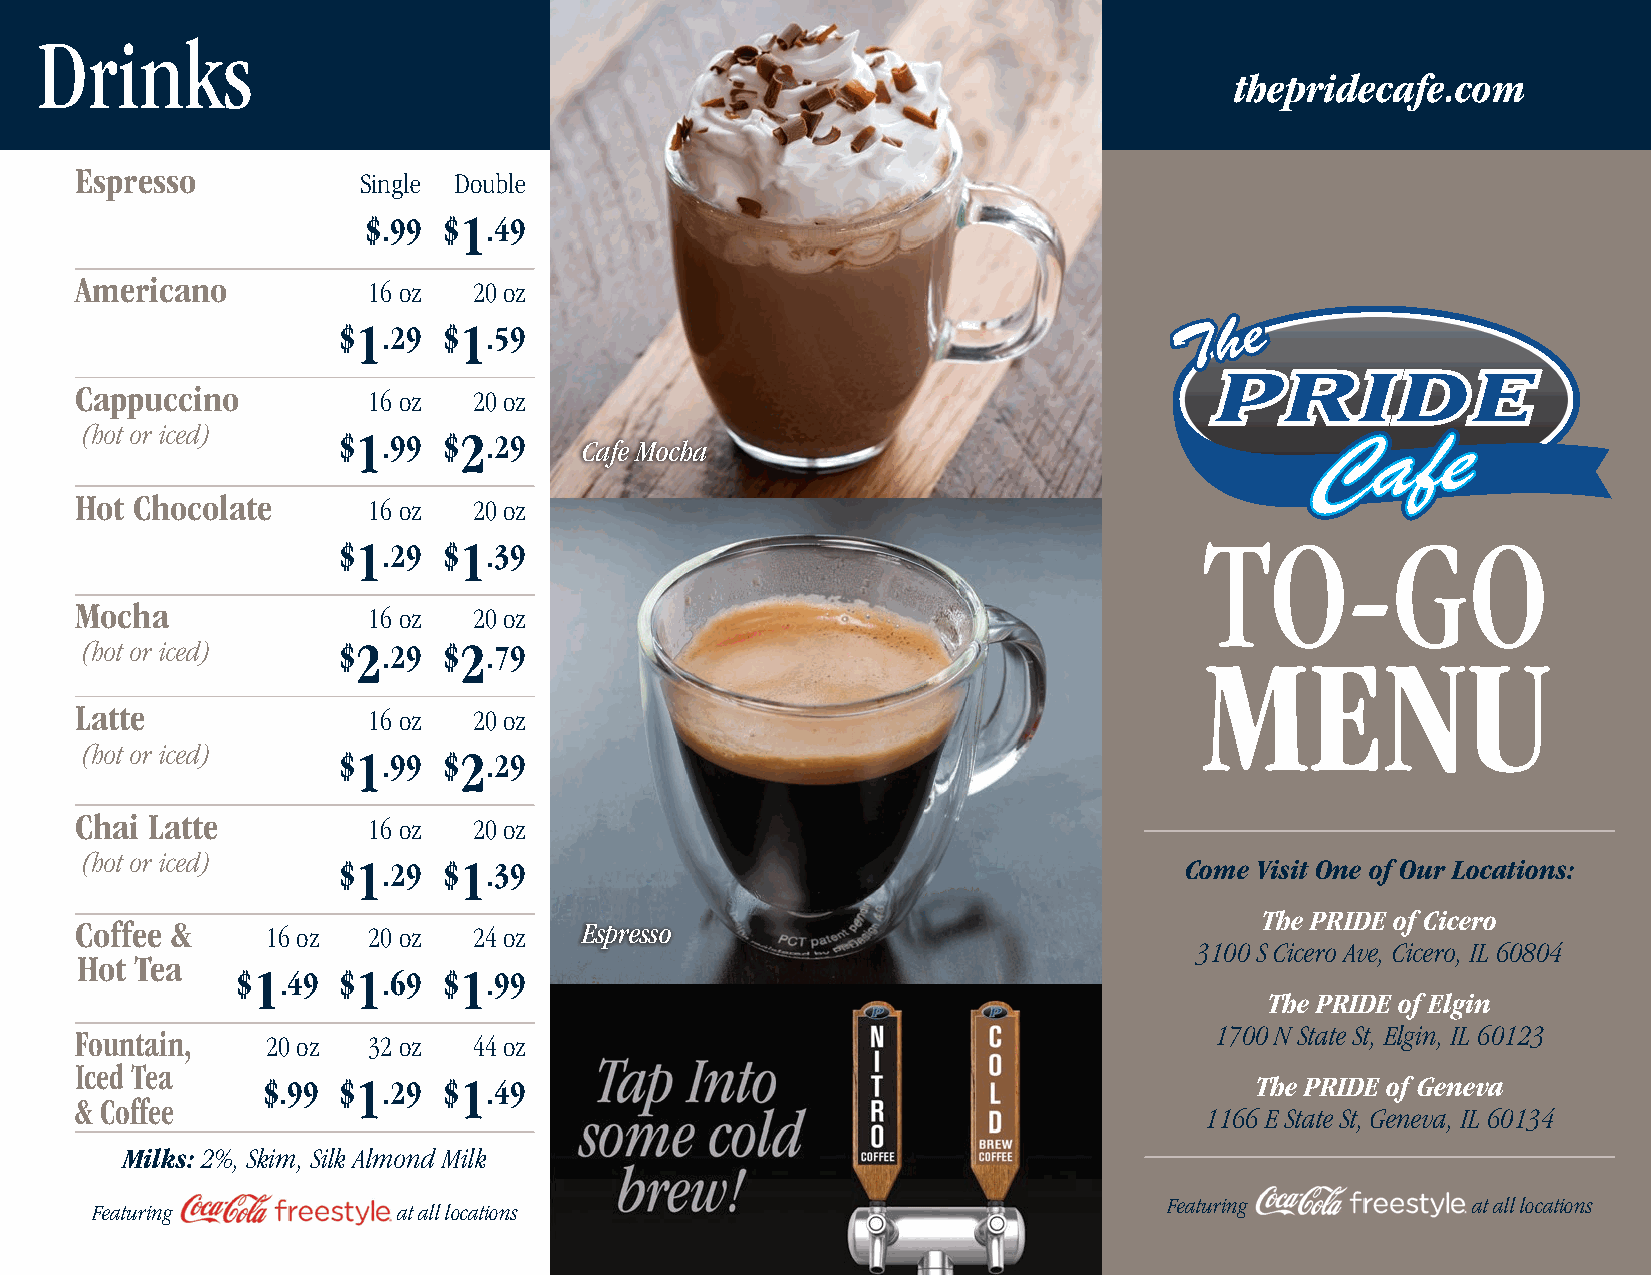
Drinks
 thepridecafe.com
 Espresso           Single Double
 $.99 $1.49
 Americano          16 oz  20 oz
 $1.29  $1.59
 Cappuccino         16 oz  20 oz
 (hot or iced)
 $1.99  $2.29
 Cafe Mocha
 Hot Chocolate      16 oz  20 oz
 $1.29  $1.39
 TO-GO
 Mocha              16 oz  20 oz
 (hot or iced)    $2.29  $2.79
 MENU
 Latte              16 oz  20 oz
 (hot or iced)    $1.99  $2.29
 Chai Latte         16 oz  20 oz
 (hot or iced)
 $1.29  $1.39                                            Come Visit One of Our Locations:
 The PRIDE of Cicero
 Coffee &     16 oz 20 oz  24 oz  Espresso
 3100 S Cicero Ave, Cicero, IL 60804
 Hot Tea
 $1.49 $1.69  $1.99
 The PRIDE of Elgin
 Fountain,    20 oz 32 oz  44 oz                                            1700 N State St, Elgin, IL 60123
 Iced Tea
 $.99 $1.29  $1.49                                                 The PRIDE of Geneva
 & Coffee
 1166 E State St, Geneva, IL 60134
 Milks: 2%, Skim, Silk Almond Milk
 Featuring           at all locations
 Featuring           at all locations